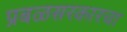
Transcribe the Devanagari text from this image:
प्रबळसरकारचा